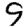
Digit: 9